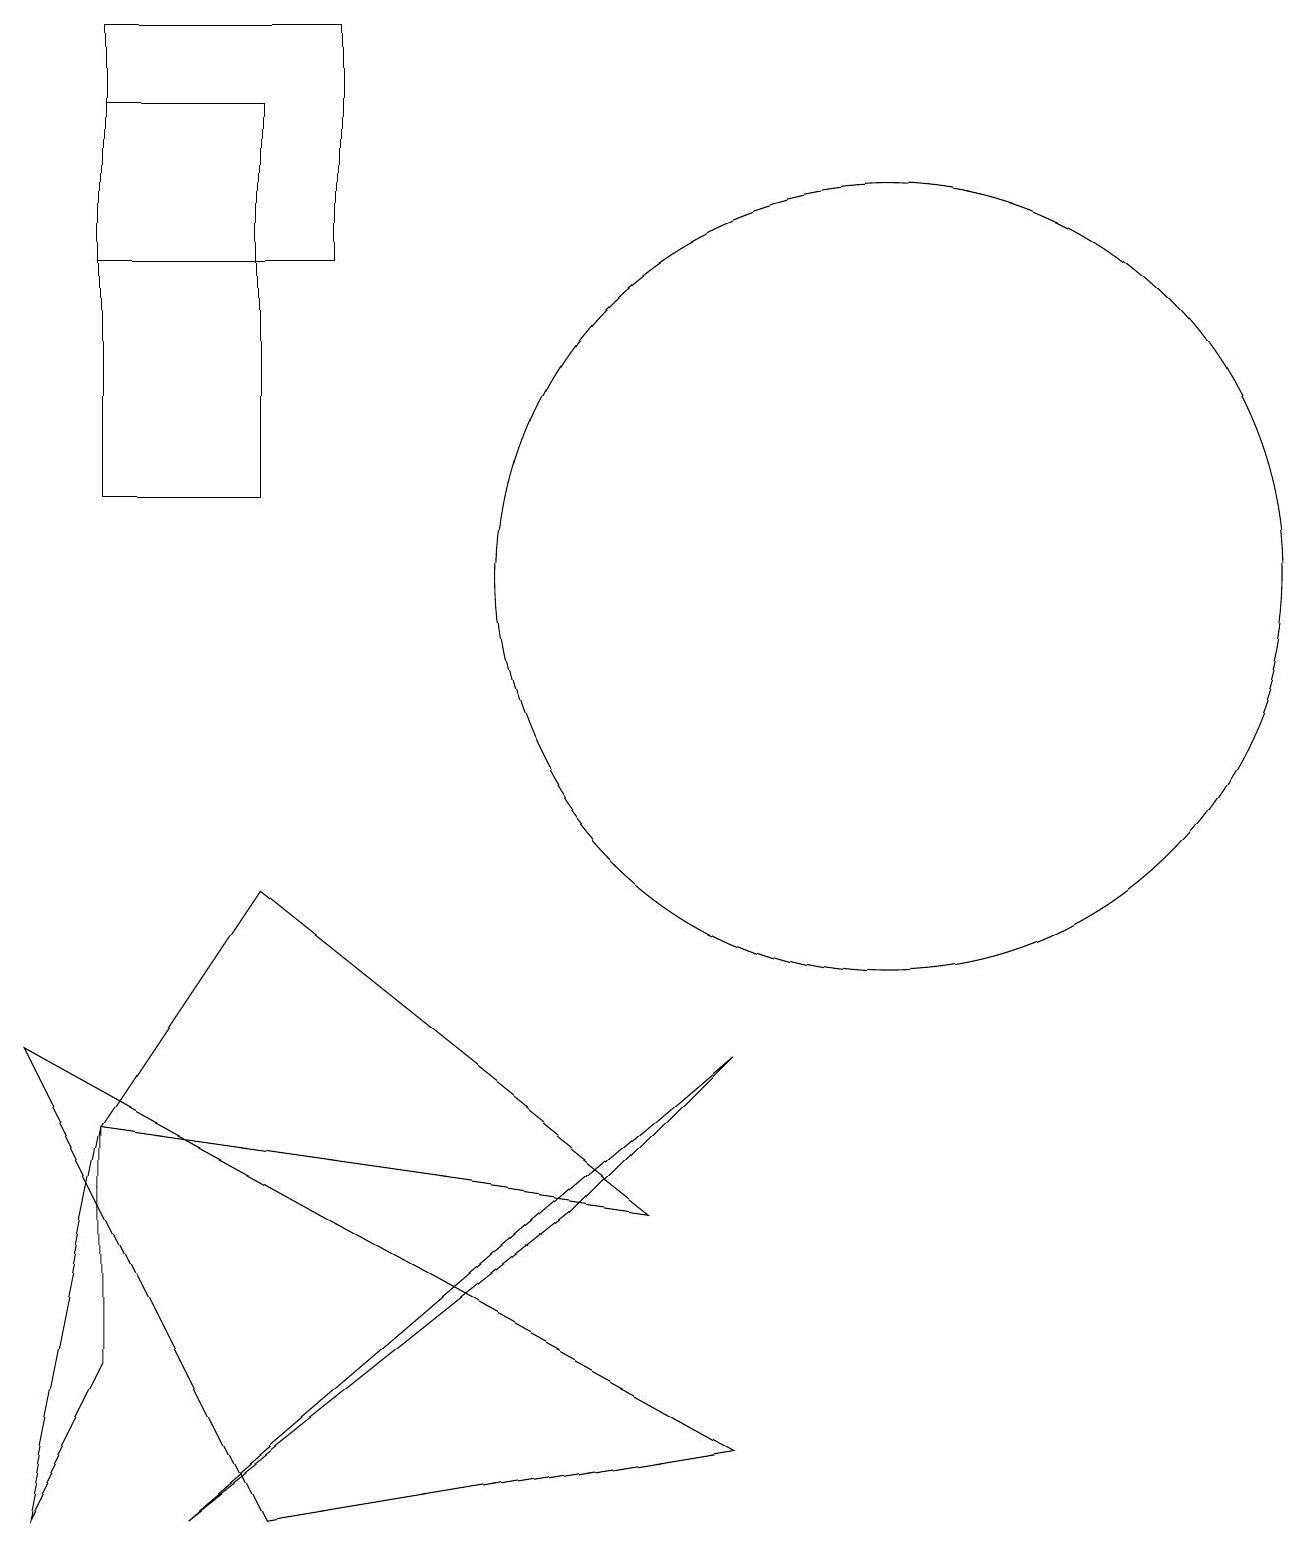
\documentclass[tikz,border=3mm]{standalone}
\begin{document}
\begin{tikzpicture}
\draw (1,5) -- (0,0) -- (1,2) -- cycle;
\draw (0,6) -- (3,0) -- (9,1) -- cycle;
\draw (3,13) rectangle (1,18);
\draw (4,19) rectangle (1,16);
\draw (1,5) -- (8,4) -- (3,8) -- cycle;
\draw (11,12) circle (5);
\draw (2,0) -- (9,6) -- (7,4) -- cycle;
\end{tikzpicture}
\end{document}